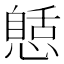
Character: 𢠾